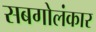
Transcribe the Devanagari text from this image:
सबगोलंकार